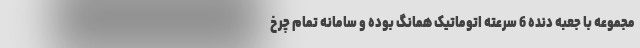
مجموعه با جعبه دنده 6 سرعته اتوماتیک همانگ بوده و سامانه تمام چرخ